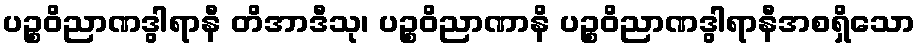
ပဉ္စဝိညာဏဒွါရာနီ တိအာဒီသု၊ ပဉ္စဝိညာဏာနိ ပဉ္စဝိညာဏဒွါရာနီအစရှိသော